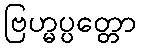
ဗြဟ္မပ္ပတ္တော